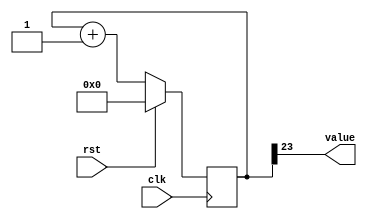
/*
   This file was generated automatically by Alchitry Labs version 1.2.1.
   Do not edit this file directly. Instead edit the original Lucid source.
   This is a temporary file and any changes made to it will be destroyed.
*/

/*
   Parameters:
     SIZE = 1
     DIV = 23
     TOP = 0
     UP = 1
*/
module counter_12 (
    input clk,
    input rst,
    output reg [0:0] value
  );
  
  localparam SIZE = 1'h1;
  localparam DIV = 5'h17;
  localparam TOP = 1'h0;
  localparam UP = 1'h1;
  
  
  reg [23:0] M_ctr_d, M_ctr_q = 1'h0;
  
  localparam MAX_VALUE = 24'h7fffff;
  
  always @* begin
    M_ctr_d = M_ctr_q;
    
    value = M_ctr_q[23+0-:1];
    if (1'h1) begin
      M_ctr_d = M_ctr_q + 1'h1;
      if (1'h0 && M_ctr_q == 24'h7fffff) begin
        M_ctr_d = 1'h0;
      end
    end else begin
      M_ctr_d = M_ctr_q - 1'h1;
      if (1'h0 && M_ctr_q == 1'h0) begin
        M_ctr_d = 24'h7fffff;
      end
    end
  end
  
  always @(posedge clk) begin
    if (rst == 1'b1) begin
      M_ctr_q <= 1'h0;
    end else begin
      M_ctr_q <= M_ctr_d;
    end
  end
  
endmodule